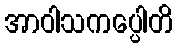
အာဝါသကပ္ပေါတိ